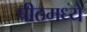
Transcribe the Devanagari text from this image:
पीठमध्ये